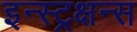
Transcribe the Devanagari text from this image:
इन्स्ट्रक्षन्स